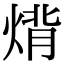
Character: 𤊷